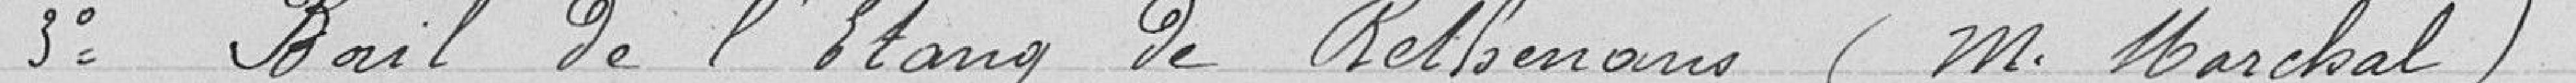
3° Bail de l'étang de Bethemans (Monsieur Marchal)